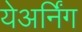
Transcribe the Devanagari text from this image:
येअर्निंग